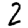
Digit: 2